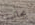
بجانبنا